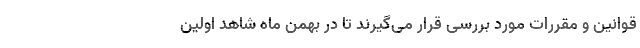
قوانین و مقررات مورد بررسی قرار می‌گیرند تا در بهمن ماه شاهد اولین